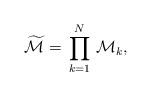
LaTeX: \begin{align*}\widetilde{\mathcal{M}}=\,\prod^N_{k=1}\,\mathcal{M}_k,\end{align*}